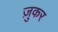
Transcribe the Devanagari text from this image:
ज़ुकर